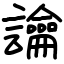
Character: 讑